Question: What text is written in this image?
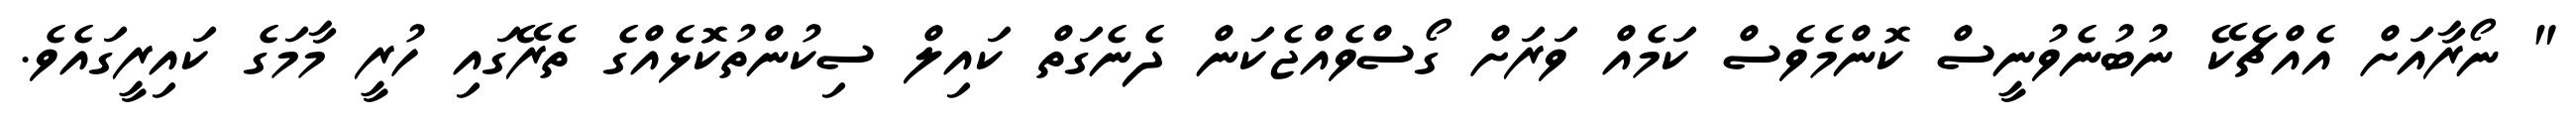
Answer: " ނޯރާއަށް އެއްޗެކޭ ނުބުނެވުނީސް ކޮންމެވެސް ކަމެއް ވަރަށް ގޯސްވެއްޖެކަން ދެނެގަތް ކައިލް ސިކުންތުކޮޅެއްގެ ތެރޭގައި ހުރީ މާމަގެ ކައިރީގައެވެ.